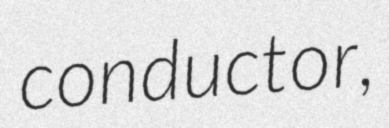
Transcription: conductor,